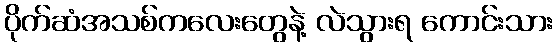
ပိုက်ဆံအသစ်ကလေးတွေနဲ့ လဲသွားရ ကောင်းသား